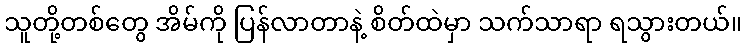
သူတို့တစ်တွေ အိမ်ကို ပြန်လာတာနဲ့ စိတ်ထဲမှာ သက်သာရာ ရသွားတယ်။